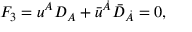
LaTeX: F _ { 3 } = { u } ^ { A } D _ { A } + { \bar { u } } ^ { \dot { A } } { \bar { D } } _ { \dot { A } } = 0 ,